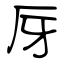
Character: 厊